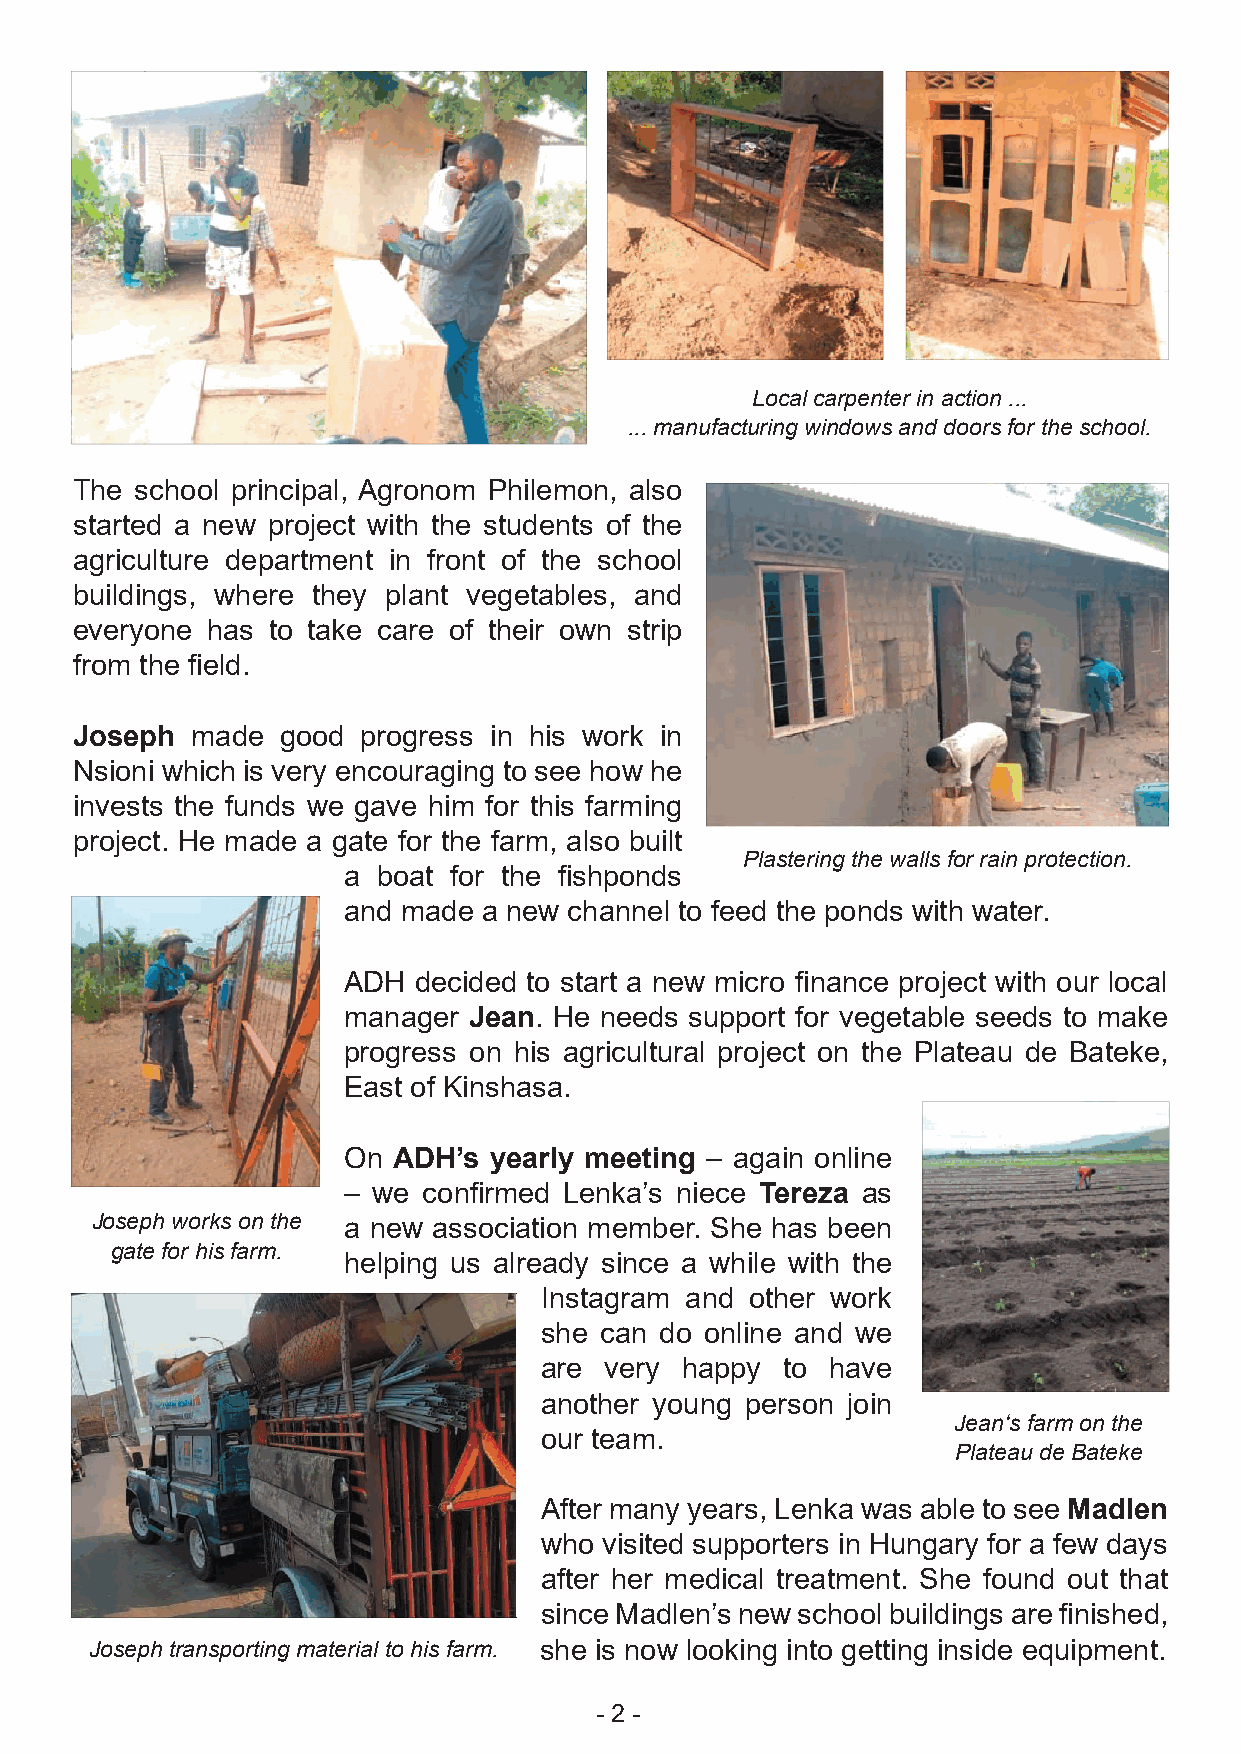
Local carpenter in action ...
 ... manufacturing windows and doors for the school.
 The school principal, Agronom Philemon, also
 started a new project with the students of the
 agriculture department in front of the school
 buildings, where they plant vegetables, and
 everyone has to take care of their own strip
 from the field.
 Joseph  made  good progress in his work in
 Nsioni which is very encouraging to see how he
 invests the funds we gave him for this farming
 project. He made a gate for the farm, also built
 Plastering the walls for rain protection.
 a boat for the fishponds
 and made a new channel to feed the ponds with water.
 ADH decided to start a new micro finance project with our local
 manager Jean. He needs support for vegetable seeds to make
 progress on his agricultural project on the Plateau de Bateke,
 East of Kinshasa.
 On ADH’s yearly meeting – again online
 – we confirmed Lenka’s niece Tereza as
 Joseph works on the a new association member. She has been
 gate for his farm.
 helping us already since a while with the
 Instagram and other work
 she can do online and we
 are very happy  to have
 another young person join
 Jean‘s farm on the
 our team.
 Plateau de Bateke
 After many years, Lenka was able to see Madlen
 who visited supporters in Hungary for a few days
 after her medical treatment. She found out that
 since Madlen’s new school buildings are finished,
 Joseph transporting material to his farm. she is now looking into getting inside equipment.
 - 2 -